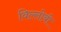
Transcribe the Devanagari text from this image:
विल्लोबी